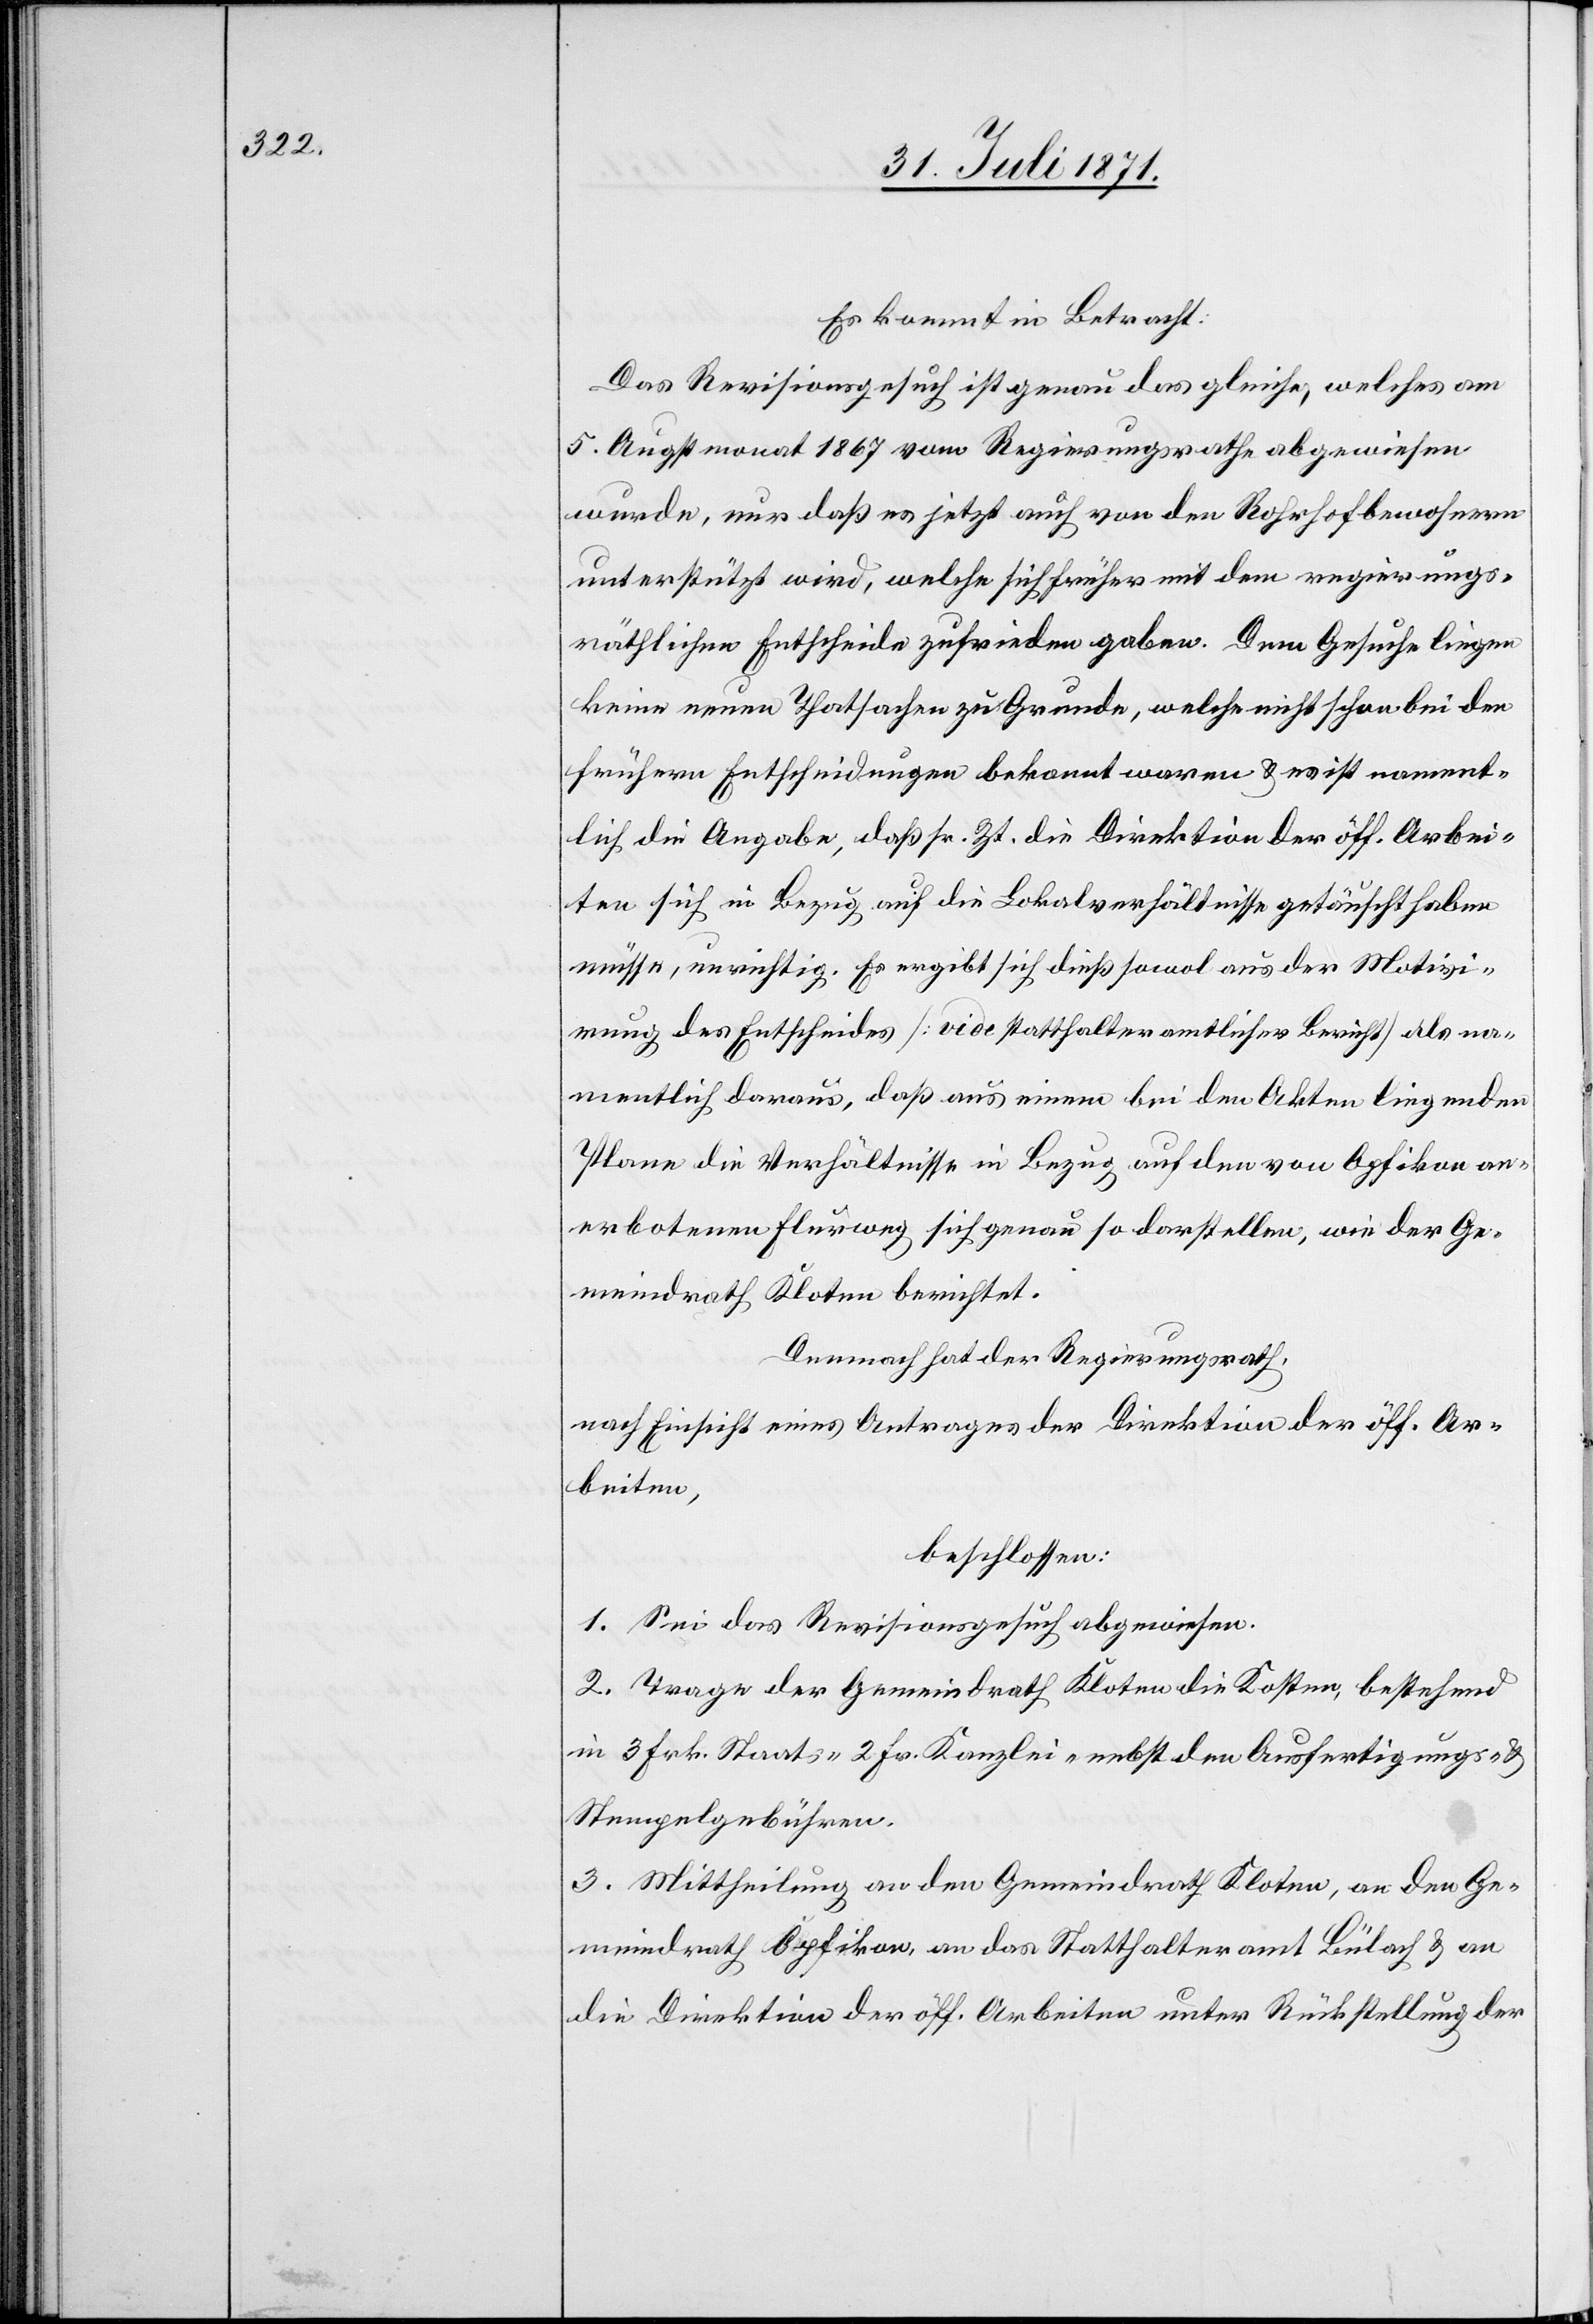
Es kommt in Betracht:
Das Revisionsgesuch ist genau das gleiche, welches am
5. Augstmonat 1867 vom Regierungsrathe abgewiesen
wurde, nur daß es jetzt auch von den Rohrhofbewohnern
unterstützt wird, welche sich früher mit dem regierungs¬
räthlichen Entscheide zufrieden gaben. Dem Gesuche liegen
keine neuen Thatsachen zu Grunde, welche nicht schon bei den
frühern Entscheidungen bekannt waren u. es ist nament¬
lich die Angabe, daß sr. Zt. die Direktion der öff. Arbei¬
ten sich in Bezug auf die Lokalverhältnisse getäuscht haben
müsse, unrichtig. Es ergibt sich dieß sowol aus der Motivi¬
rung des Entscheides [vide statthalteramtlicher Bericht] als na¬
mentlich daraus, daß aus einem bei den Akten liegenden
Plane die Verhältnisse in Bezug auf den von Opfikon an¬
erbotenen Flurweg sich genau so darstellen, wie der Ge¬
meindrath Kloten berichtet.
Demnach hat der Regierungsrath,
nach Einsicht eines Antrages der Direktion der öff. Ar¬
beiten,
beschlossen:
1. Sei das Revisionsgesuch abgewiesen.
2. Trage der Gemeindrath Kloten die Kosten, bestehend
in 3 Frk. Staats- 2 Fr. Kanzlei- nebst den Ausfertigungs- u.
Stempelgebühren.
3. Mittheilung an den Gemeindrath Kloten, an den Ge¬
meindrath Opfikon, an das Statthalteramt Bülach u. an
die Direktion der öff. Arbeiten unter Rückstellung der